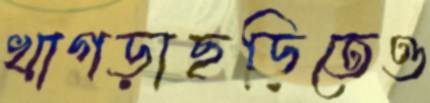
খাগড়াছড়িতেও